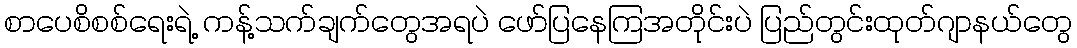
စာပေစိစစ်ရေးရဲ့ ကန့်သက်ချက်တွေအရပဲ ဖော်ပြနေကြအတိုင်းပဲ ပြည်တွင်းထုတ်ဂျာနယ်တွေ